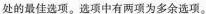
处的最佳选项.选项中有两项为多余选项.。